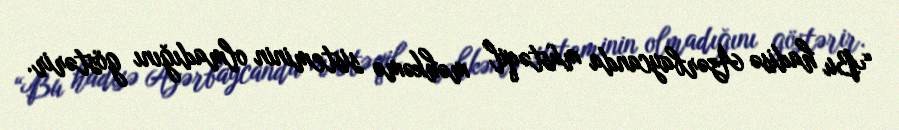
“Bu hadisə Azərbaycanda müstəqil məhkəmə sisteminin olmadığını göstərir.